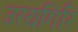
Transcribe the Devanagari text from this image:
उरयगिरि